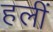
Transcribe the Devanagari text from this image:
हलीं